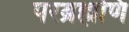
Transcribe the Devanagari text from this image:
परब्रह्मणि